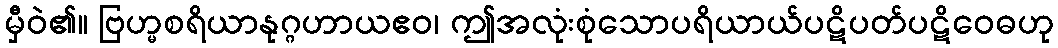
မှီဝဲ၏။ ဗြဟ္မစရိယာနုဂ္ဂဟာယဧဝ၊ ဤအလုံးစုံသောပရိယာယ်ပဋိပတ်ပဋိဝေဓဟု